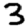
Digit: 3